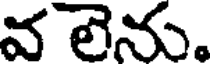
వ లెను.